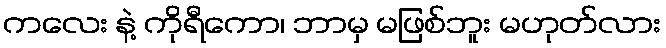
ကလေး နဲ့ ကိုရီကော၊ ဘာမှ မဖြစ်ဘူး မဟုတ်လား